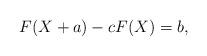
LaTeX: \begin{align*} F(X+a)-cF(X)=b,\end{align*}